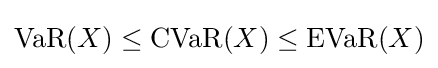
{\text{VaR}}(X)\leq {\text{CVaR}}(X)\leq {\text{EVaR}}(X)